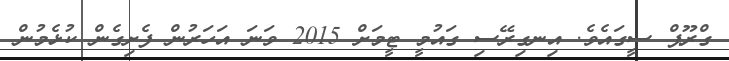
ގްރޫޕް ސީގައެވެ. އިނގިރޭސި ގައުމީ ޓީމަށް 2015 ވަނަ އަހަރުން ފެށިގެން ކުޅެމުން